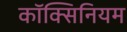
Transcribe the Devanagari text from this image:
कॉक्सिनियम